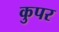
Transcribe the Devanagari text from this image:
कुपर